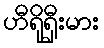
ဟီရိုရှီးမား